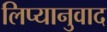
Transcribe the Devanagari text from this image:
लिप्यानुवाद